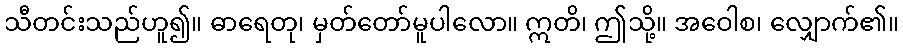
သီတင်းသည်ဟူ၍။ ဓာရေတု၊ မှတ်တော်မူပါလော။ ဣတိ၊ ဤသို့။ အဝေါစ၊ လျှောက်၏။